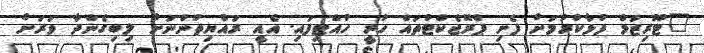
"ޓޫރިޒަމް ފުޅާކުރުމަށް ފެށި ޕްރޮޖެކްޓުތައް ހުރީ ހުއްޓިފައި. އެއީ ރައްޔިތުންނަށް ލިބިގެންދާ ވަރަށް